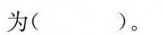
为( )。